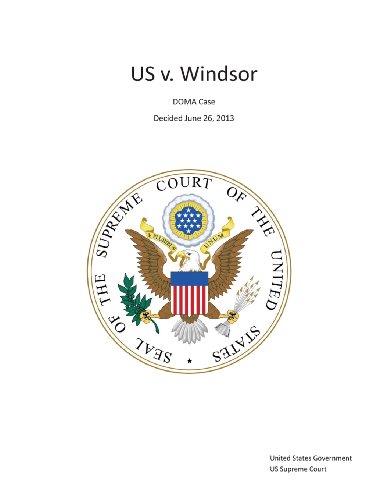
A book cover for The Supreme Court Decision United States v. Windsor - DOMA Case - Decided June 26, 2013; United States Government US Supreme Court; Law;